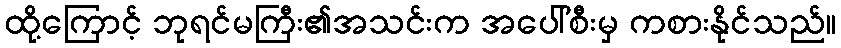
ထို့ကြောင့် ဘုရင်မကြီး၏အသင်းက အပေါ်စီးမှ ကစားနိုင်သည်။